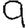
Digit: 9